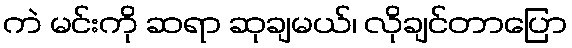
ကဲ မင်းကို ဆရာ ဆုချမယ်၊ လိုချင်တာပြော